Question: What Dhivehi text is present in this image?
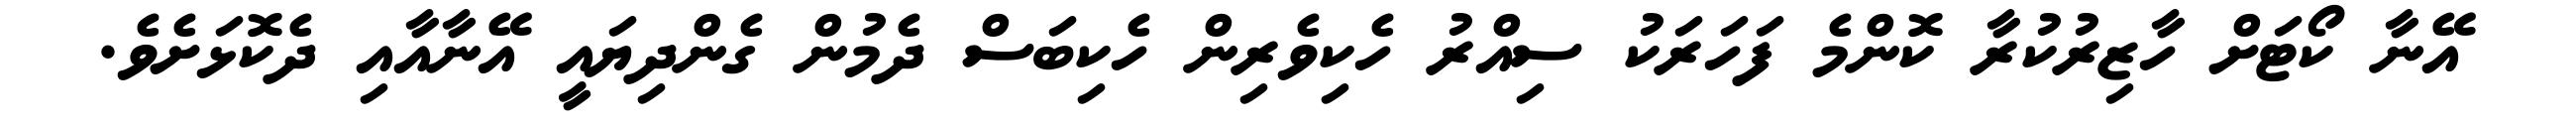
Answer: އޭނާ ކޯޓަށް ހާޒިރުކުރާ ކޮންމެ ފަހަރަކު ސިއްރު ހެކިވެރިން ހެކިބަސް ދެމުން ގެންދިޔައީ އޭނާއާއި ދެކޮޅަށެވެ.